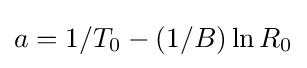
a=1/T_{0}-(1/B)\ln R_{0}